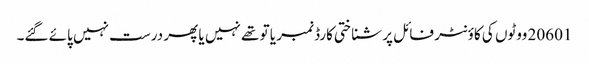
20601 ووٹوں کی کاؤنٹر فائل پر شناختی کارڈ نمبر یا تو تھے نہیں یا پھر درست نہیں پائے گئے۔